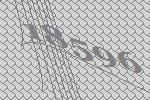
18596